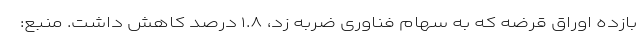
بازده اوراق قرضه که به سهام فناوری ضربه زد، ۱.۸ درصد کاهش داشت. منبع: